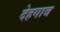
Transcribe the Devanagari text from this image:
देहगाव